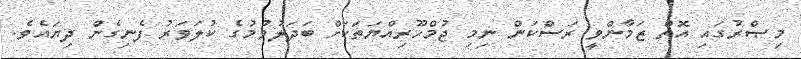
މިޞްރުގައި އޮތް ޒަމާންވީ ރަސްކަން ނިމި ޖުމްހޫރިއްޔަތަކަށް ބަދަލުވުމުގެ ކުލަވަރު ފެނިގެން ދިޔައެވެ.